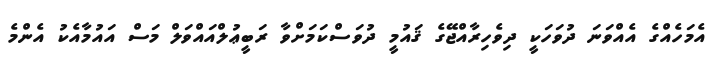
އެމަހެއްގެ އެއްވަނަ ދުވަހަކީ ދިވެހިރާއްޖޭގެ ޤައުމީ ދުވަސްކަމަށްވާ ރަބީޢުލްއައްވަލް މަސް އައުމާއެކު އެންމެ